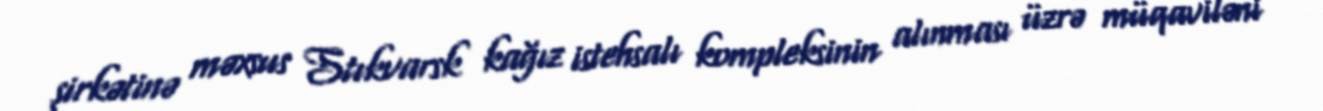
şirkətinə məxsus Stıkvarsk kağız istehsalı kompleksinin alınması üzrə müqaviləni